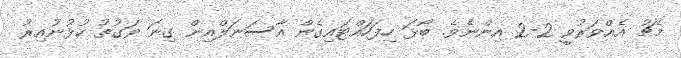
މެޗު އެއްވަރުވީ 2-2 އިންނެވެ. ބޯޅަ ހިފަހައްޓައިގެން އާސަނަލްއިން ގިނަ ވަގުތު ކުޅުނުއިިރު